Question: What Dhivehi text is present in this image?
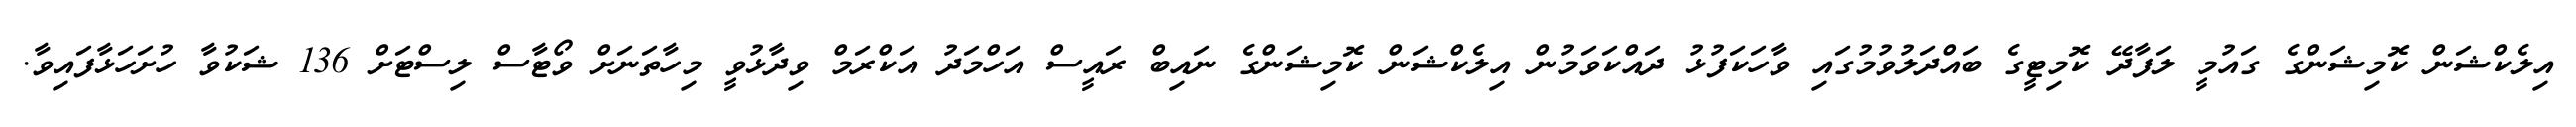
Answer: އިލެކްޝަން ކޮމިޝަންގެ ގައުމީ ލަފާދޭ ކޮމިޓީގެ ބައްދަލުވުމުގައި ވާހަކަފުޅު ދައްކަވަމުން އިލެކްޝަން ކޮމިޝަންގެ ނައިބް ރައީސް އަހްމަދު އަކްރަމް ވިދާޅުވީ މިހާތަނަށް ވޯޓާސް ލިސްޓަށް 136 ޝަކުވާ ހުށަހަޅާފައިވާ.